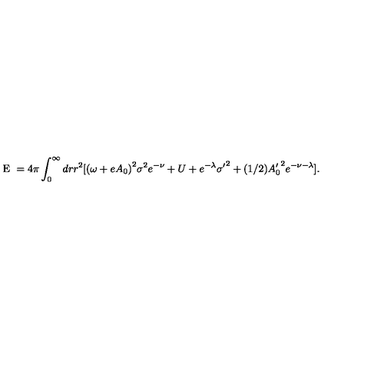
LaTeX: \textrm { E } = 4 \pi \int _ { 0 } ^ { \infty } d r r ^ { 2 } [ { ( \omega + e A _ { 0 } ) } ^ { 2 } { \sigma } ^ { 2 } e ^ { - \nu } + U + e ^ { - \lambda } { \sigma ^ { \prime } } ^ { 2 } + ( 1 / 2 ) { A _ { 0 } ^ { \prime } } ^ { 2 } e ^ { - \nu - \lambda } ] .